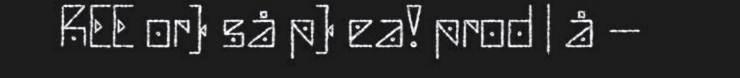
REE or) så p) ea! prod | å –